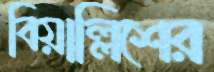
বিয়াল্লিশের